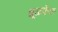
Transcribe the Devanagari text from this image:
धूळफेक